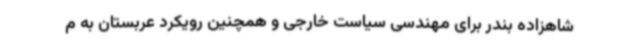
شاهزاده بندر برای مهندسی سیاست خارجی و همچنین رویکرد عربستان به م